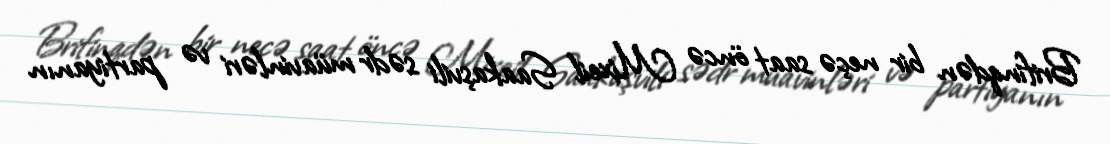
Brifinqdən bir neçə saat öncə Mixeil Saakaşvili sədr müavinləri və partiyanın